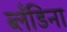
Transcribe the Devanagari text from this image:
ब्लँडिना